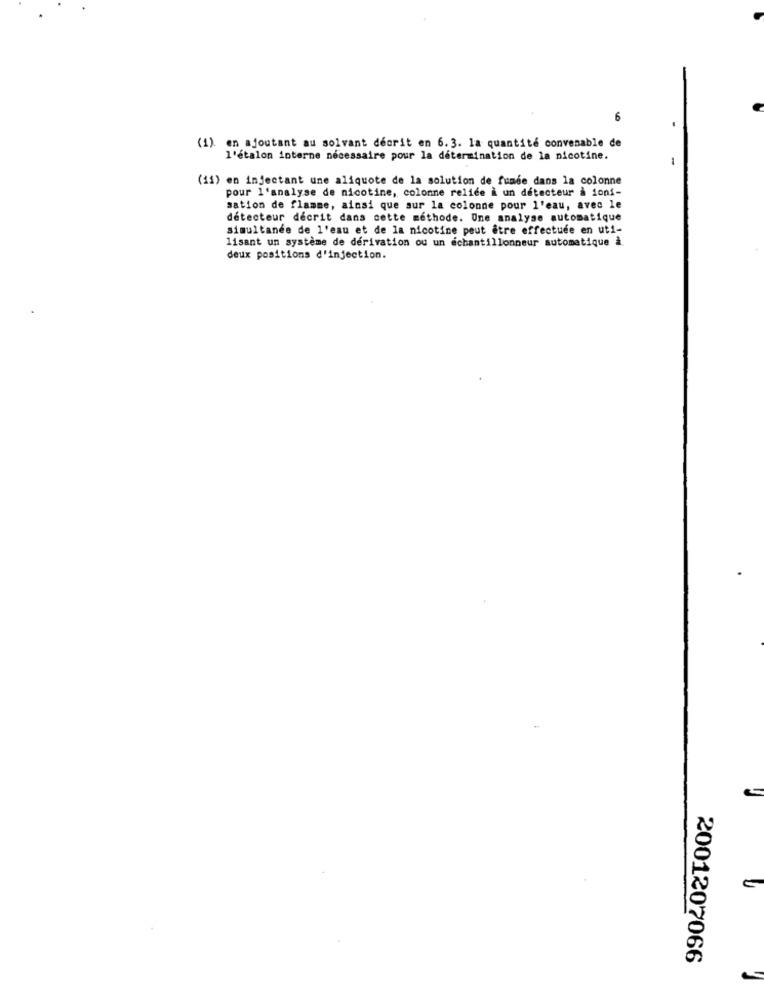
6
(1). en ajoutant au solvant décrit en 6.3. la quantité convenable de
l'étalon interne nécessaire pour la détermination de la nicotine.
(11) en injectant une aliquote de la solution de fumée dans la colonne
pour l'analyse de nicotine, colonne reliée à un détecteur à ioni-
sation de flamme, ainsi que sur la colonne pour l'eau, avec le
détecteur décrit dans cette méthode. Une analyse automatique
simultanée de l'eau et de la nicotine peut être effectuée en uti-
lisant un système de dérivation ou un échantillonneur automatique à
deux positions d'injection.
2001207066